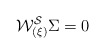
\begin{align*}{\cal W^{S}_{(\xi)}} \Sigma = 0\end{align*}